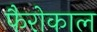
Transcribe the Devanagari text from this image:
फैरोकाल